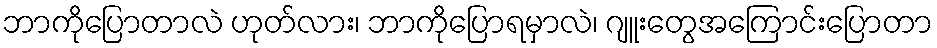
ဘာကိုပြောတာလဲ ဟုတ်လား၊ ဘာကိုပြောရမှာလဲ၊ ဂျူးတွေအကြောင်းပြောတာ